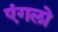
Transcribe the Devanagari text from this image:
एंगलो